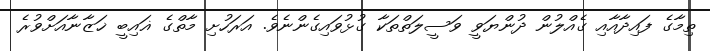
ތިމާގެ ފައިދާއާއި ގެއްލުން ދުންޔަވީ ވަސީލަތްތަކާ ގުޅުވައިގެންނެވެ. އަރަހުށި މާތްގެ ޣައިބީ ޚަޒާނާއަށްވުރެ